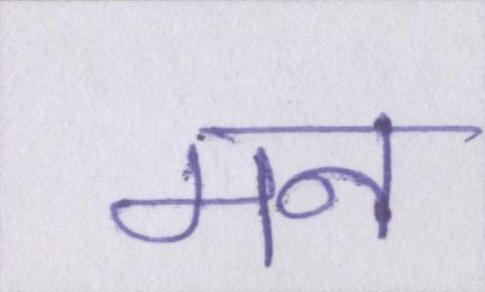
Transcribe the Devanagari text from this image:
मन